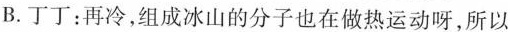
B.丁丁：再冷，组成冰山的分子也在做热运动呀，所以